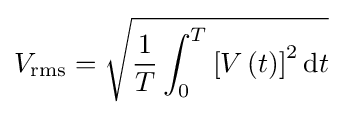
V_{\mathrm {rms} }={\sqrt {{\frac {1}{T}}\int _{0}^{T}\left[V\left(t\right)\right]^{2}\mathrm {d} t}}\,\!